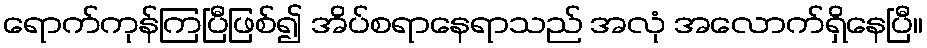
ရောက်ကုန်ကြပြီဖြစ်၍ အိပ်စရာနေရာသည် အလုံ အလောက်ရှိနေပြီ။